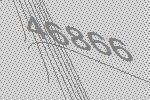
46866